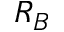
R _ { B }